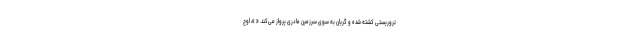
تروریستی کشته شده و گریان به سوی سرزمین مادری پرواز می‌کند. « »، اوج